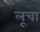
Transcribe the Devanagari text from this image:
लूचा